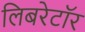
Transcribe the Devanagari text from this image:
लिबरेटॉर